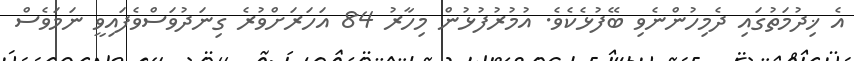
އެ ޚިދުމަތުގައި ދެމިހުންނެވި ބޭފުޅެކެވެ. އުމުރުފުޅުން މިހާރު 84 އަހަރަށްވުރެ ގިނަދުވަސްވެފައިވީ ނަމަވެސް